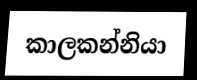
කාලකන්නියා